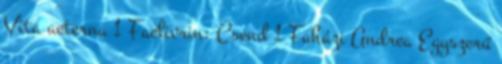
Vita aeterna 1 Faelivrin: Csend 1 Faházi Andrea Egyszerű